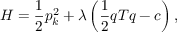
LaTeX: { \cal { H } } = \frac 1 2 p _ { k } ^ { 2 } + \lambda \left( \frac 1 2 q T q - c \right) ,